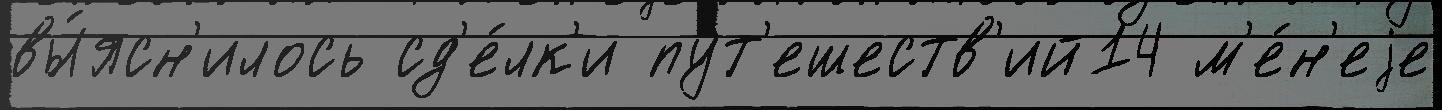
вы́ясн'илось сд'е́лк'и пут'ешеств'ий14 м'е́н'еjе